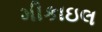
મીકાઇલ